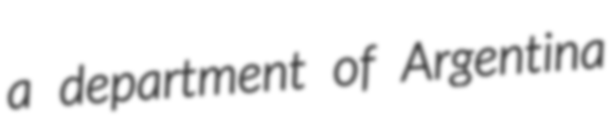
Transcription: a department of Argentina